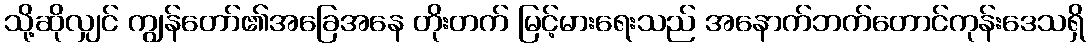
သို့ဆိုလျှင် ကျွန်တော်၏အခြေအနေ တိုးတက် မြင့်မားရေးသည် အနောက်ဘက်တောင်ကုန်းဒေသရှိ